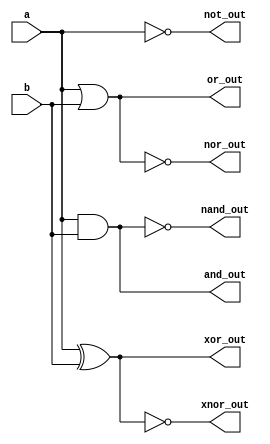
//design
//data flow model
module logic_gates(input a,b, output and_out,or_out,not_out,nand_out,nor_out,xor_out,xnor_out);
  assign and_out=a&b;
  assign or_out=a|b;
  assign not_out=~a;
  assign nand_out=~(a&b);
  assign nor_out=~(a|b);
  assign xor_out=a^b;
  assign xnor_out=~(a^b);
endmodule